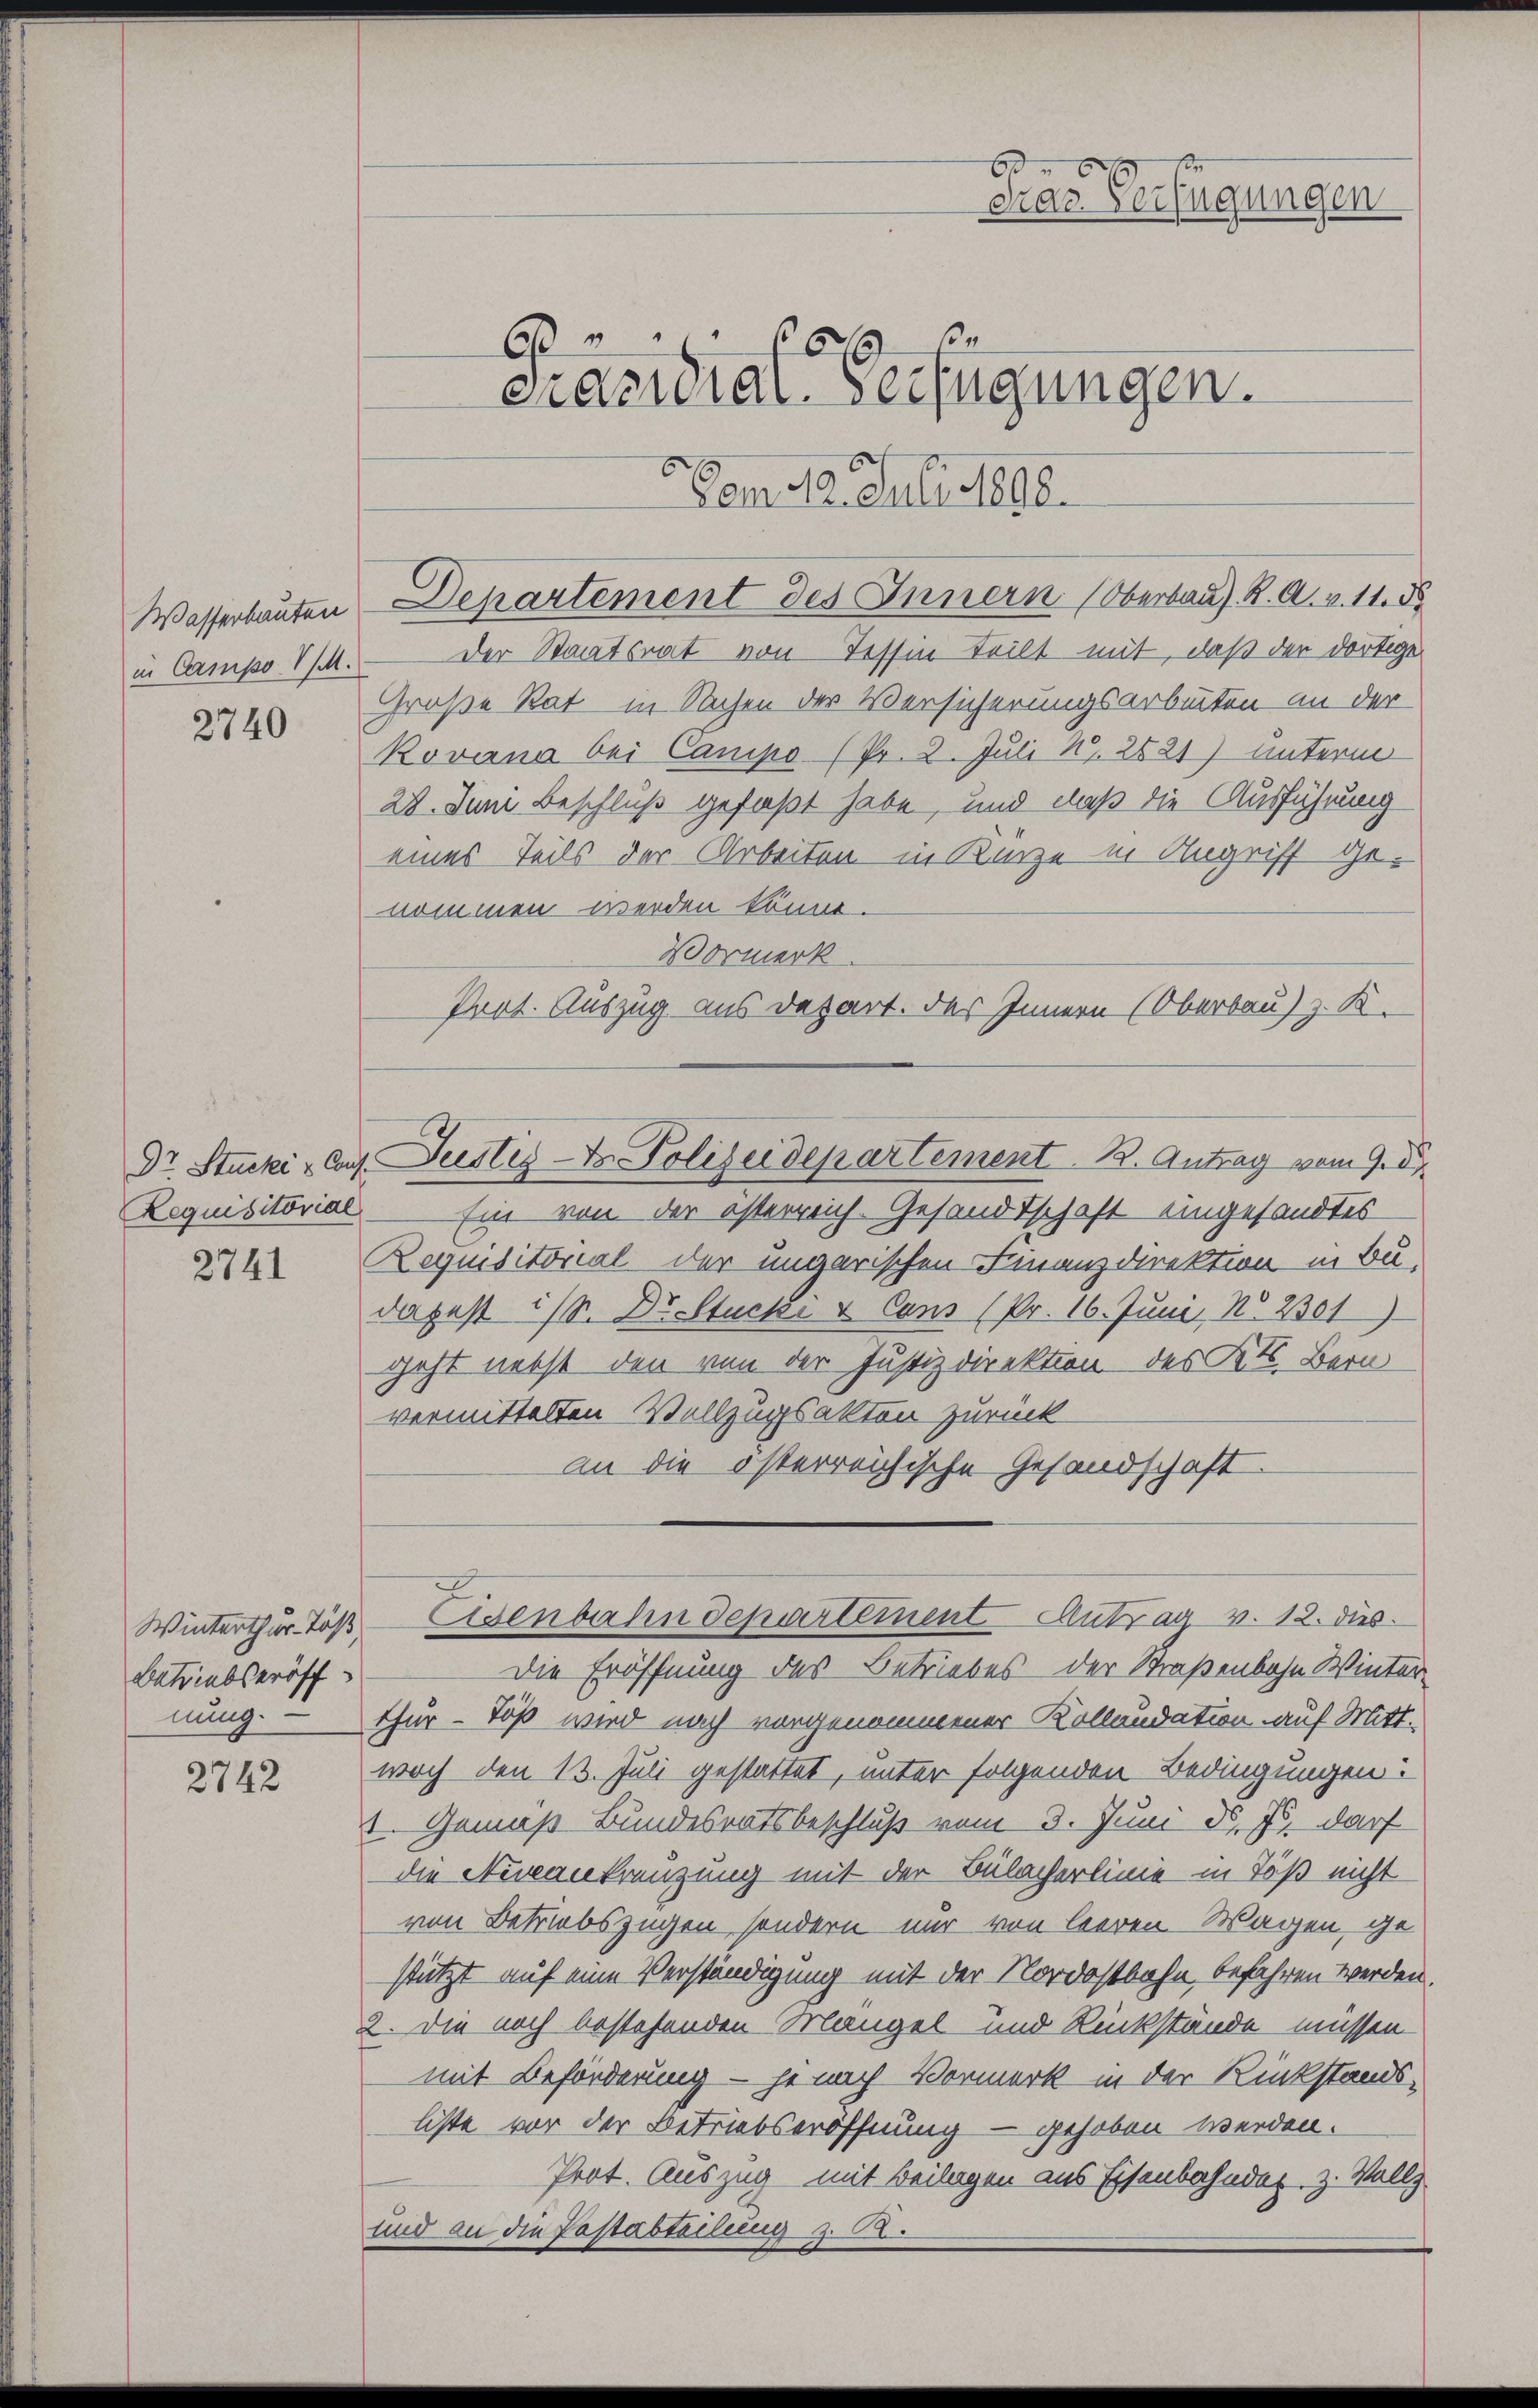
Wasserbauten
in Campo. 1. M.

2740

2741

Betriebseröff

2742

6.
e
¬
Pracidial-Verfügungen.

Der Staatsrat von Tessin Teilt mit, daß der dortige
Große Rat in Sachen der Versicherungsarbeiten an der
Kovina bei Camipo (Pr. 2. Juli N. 2821) unterm
28. Juni Beschluß gefaßt habe, und daß die Ausführung
eines Teils der Arbeiten in Kurze in Angriff genommen werden könne.
Vormerk
Prot. Auszug aus Depart. Das Innern (Oberbau) z. K.

Vom 12. Juli 1888.

Requisitorial Ein von der österreich-Gesandtschaft eingesandtes
Requisitorial der ungarischen Finanzdirektion in Budapest ist. Die Stücke u. Cand (Pr. 16. Juni No 2301
geht nebst den von der Justizdirektion des Kts. Bern
vermittelten Vollzugsakten zurück
an die österreichische Gesandschaft.

n
6
Draz. Verfügungen

Departement des Innern (Oberbaus K. A. v. 11. d

Dr. Stucki - Cap Justiz-Dr. Polizeidepartement 12. Antrag vom 9. d.

Winterthur Töß Eisenbahndepartement Antrag v. 12. dies

Die Eröffnung des Betriebes der Straßenbahn Winternung. — Thür - Töß wird nach vorgenommener Kollaudation auf Mittwoch den 13. Juli gestattet, unter folgenden Bedingungen:
1. Gemäß Bundesratsbeschluß vom 3. Juni d. Js. darf
die Ninankreuzung mit der Bülacherlinie in Töß nicht
von Betriebszügen, sondern nur von leeren Wagen, ge
stützt auf eine Verständigung mit der Nordostbahn befahren werden.
2. Die noch bestehenden Mangel und Rückstände müssen-
mit Beförderung - je nach Vormerk in der Rückstands-
liste vor der Betriebseröffnung – gehoben werden.
Prot. Auszug mit Beilagen aus Eisenbahndet, z. Vollz
und an die Festabteilung z. R.